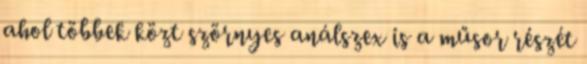
ahol többek közt szörnyes análszex is a műsor részét